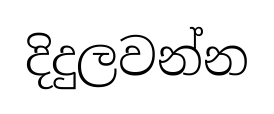
දිදුලවන්න